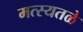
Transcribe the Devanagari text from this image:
मत्स्यतळे